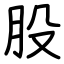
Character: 股